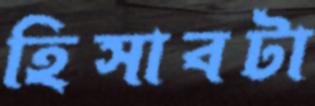
হিসাবটা